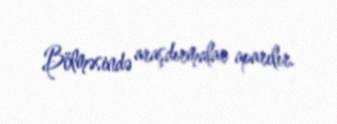
Bölməsində araşdırmalar aparılır.